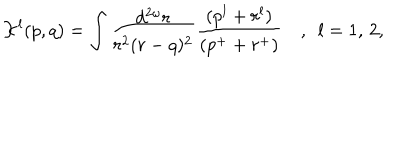
{ \cal K } ^ { l } ( p , q ) = \int \frac { d ^ { 2 \omega } r } { r ^ { 2 } ( r - q ) ^ { 2 } } \frac { ( p ^ { l } + r ^ { l } ) } { ( p ^ { + } + r ^ { + } ) } \, \, \, \, \, \, , \, \, \, l = 1 , \, 2 ,